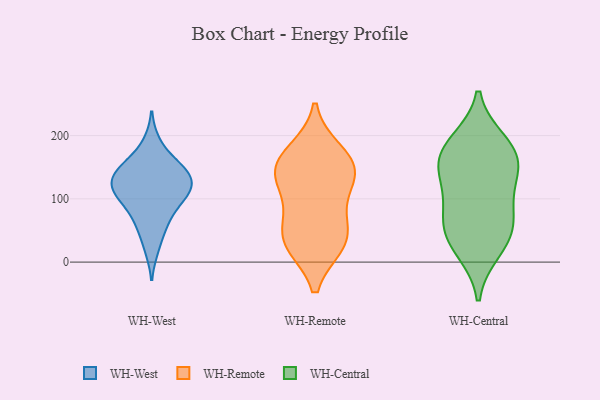
{"axis": {"x": "Churn Rate (%)", "y": "Value"}, "legend": ["WH-Central", "WH-Remote", "WH-West"], "data": [{"x": "", "y": 90, "type": "WH-West"}, {"x": "", "y": 149, "type": "WH-West"}, {"x": "", "y": 99, "type": "WH-West"}, {"x": "", "y": 142, "type": "WH-West"}, {"x": "", "y": 188, "type": "WH-West"}, {"x": "", "y": 151, "type": "WH-West"}, {"x": "", "y": 113, "type": "WH-West"}, {"x": "", "y": 60, "type": "WH-West"}, {"x": "", "y": 22, "type": "WH-West"}, {"x": "", "y": 129, "type": "WH-West"}, {"x": "", "y": 115, "type": "WH-West"}, {"x": "", "y": 123, "type": "WH-West"}, {"x": "", "y": 149, "type": "WH-West"}, {"x": "", "y": 111, "type": "WH-West"}, {"x": "", "y": 62, "type": "WH-West"}, {"x": "", "y": 28, "type": "WH-Remote"}, {"x": "", "y": 126, "type": "WH-Remote"}, {"x": "", "y": 165, "type": "WH-Remote"}, {"x": "", "y": 175, "type": "WH-Remote"}, {"x": "", "y": 149, "type": "WH-Remote"}, {"x": "", "y": 29, "type": "WH-Remote"}, {"x": "", "y": 57, "type": "WH-Remote"}, {"x": "", "y": 77, "type": "WH-Remote"}, {"x": "", "y": 29, "type": "WH-Remote"}, {"x": "", "y": 144, "type": "WH-Remote"}, {"x": "", "y": 128, "type": "WH-Remote"}, {"x": "", "y": 188, "type": "WH-Central"}, {"x": "", "y": 173, "type": "WH-Central"}, {"x": "", "y": 74, "type": "WH-Central"}, {"x": "", "y": 47, "type": "WH-Central"}, {"x": "", "y": 171, "type": "WH-Central"}, {"x": "", "y": 98, "type": "WH-Central"}, {"x": "", "y": 45, "type": "WH-Central"}, {"x": "", "y": 143, "type": "WH-Central"}, {"x": "", "y": 21, "type": "WH-Central"}, {"x": "", "y": 143, "type": "WH-Central"}]}